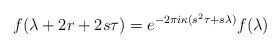
LaTeX: \begin{align*}f(\lambda + 2 r + 2s\tau) = e^{-2\pi i \kappa(s^2 \tau + s\lambda)} f(\lambda)\end{align*}